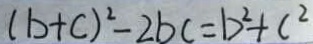
( b + c ) ^ { 2 } - 2 b c = b ^ { 2 } + c ^ { 2 }